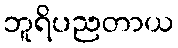
ဘူရိပညတာယ